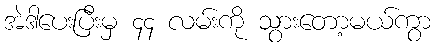
အဲဒါပေးပြီးမှ ၄၄ လမ်းကို သွားတော့မယ်ကွာ